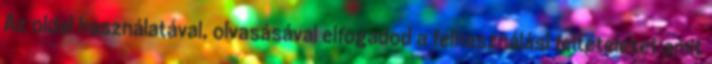
Az oldal használatával, olvasásával elfogadod a felhasználási feltételeket amit